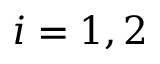
i = 1 , 2